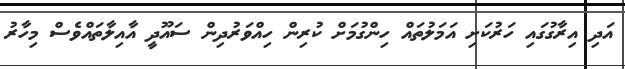
އަދި އިރާގުގައި ހަރުކަށި އަމަލުތައް ހިންގުމަށް ކުރިން ހިއްވަރުދިން ސައޫދީ އާއިލާތައްވެސް މިހާރު